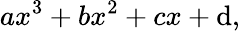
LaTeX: ax^{3}+bx^{2}+cx+\mathrm{d},